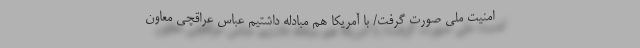
امنیت ملی صورت گرفت/ با آمریکا هم مبادله داشتیم عباس عراقچی معاون